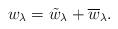
LaTeX: \begin{align*}w_{\lambda}=\tilde{w}_{\lambda}+\overline{w}_{\lambda}.\end{align*}